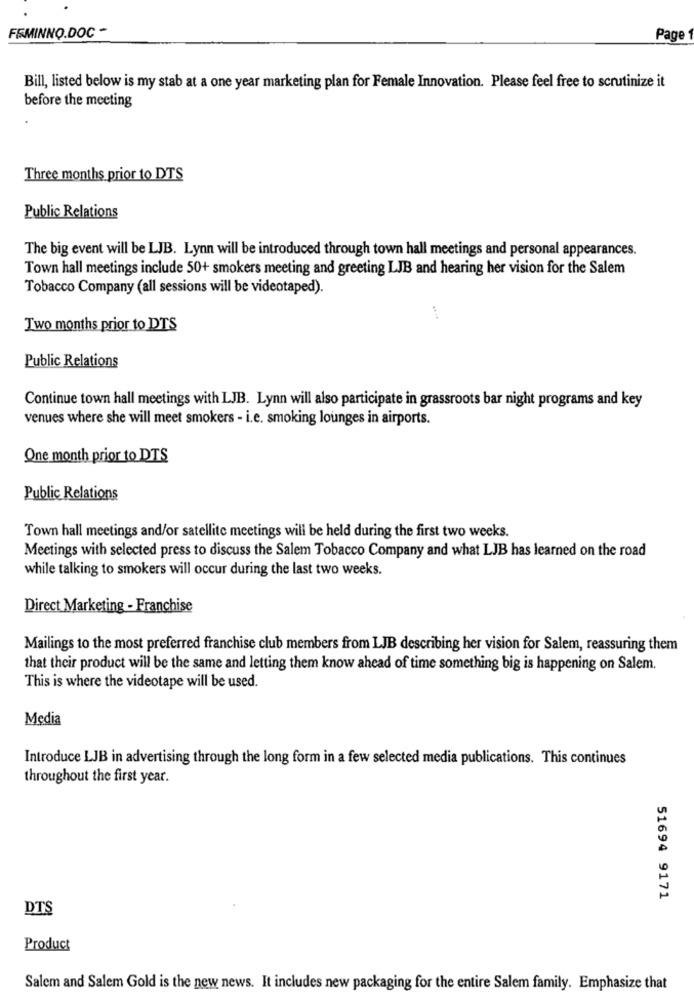
FEMINNO.DOC -
Page 1
Bill, listed below is my stab at a one year marketing plan for Female Innovation. Please feel free to scrutinize it
before the meeting
Three months prior to DTS
Public Relations
The big event will be LJB. Lynn will be introduced through town hall meetings and personal appearances.
Town hall meetings include 50+ smokers meeting and greeting LJB and hearing her vision for the Salem
Tobacco Company (all sessions will be videotaped).
Two months prior to DTS
Public Relations
Continue town hall meetings with LJB. Lynn will also participate in grassroots bar night programs and key
venues where she will meet smokers - i.e. smoking lounges in airports.
One month prior to DTS
Public Relations
Town hall meetings and/or satellite meetings will be held during the first two weeks.
Meetings with selected press to discuss the Salem Tobacco Company and what LJB has learned on the road
while talking to smokers will occur during the last two weeks.
Direct Marketing - Franchise
Mailings to the most preferred franchise club members from LJB describing her vision for Salem, reassuring them
that their product will be the same and letting them know ahead of time something big is happening on Salem.
This is where the videotape will be used.
Media
Introduce LJB in advertising through the long form in a few selected media publications. This continues
throughout the first year.
51694 9171
DTS
Product
Salem and Salem Gold is the new news. It includes new packaging for the entire Salem family. Emphasize that